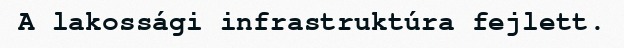
A lakossági infrastruktúra fejlett.